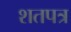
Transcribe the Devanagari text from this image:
शतपत्र